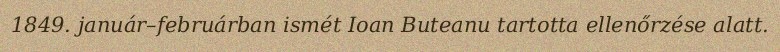
1849. január–februárban ismét Ioan Buteanu tartotta ellenőrzése alatt.